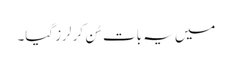
میں یہ بات سُن کر لرز گیا۔